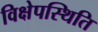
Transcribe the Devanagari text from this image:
विक्षेपस्थिति